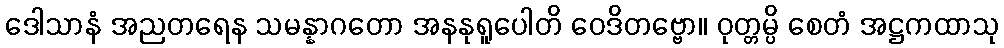
ဒေါသာနံ အညတရေန သမန္နာဂတော အနနုရူပေါတိ ဝေဒိတဗ္ဗော။ ဝုတ္တမ္ပိ စေတံ အဋ္ဌကထာသု